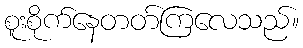
စူးစိုက်နေတတ်ကြလေသည်။